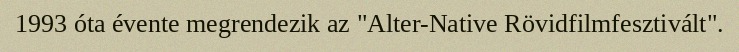
1993 óta évente megrendezik az "Alter-Native Rövidfilmfesztivált".